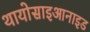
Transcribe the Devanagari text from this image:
थायोसाइआनाइड